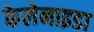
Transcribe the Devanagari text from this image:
केलेनाइडा